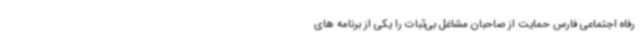
رفاه اجتماعی فارس حمایت از صاحبان مشاغل بی‌ثبات را یکی از برنامه های